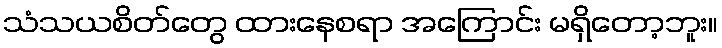
သံသယစိတ်တွေ ထားနေစရာ အကြောင်း မရှိတော့ဘူး။